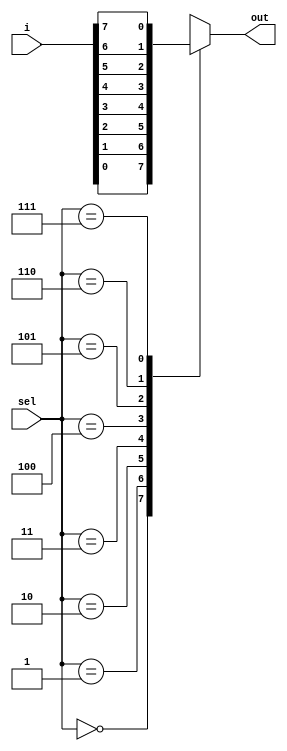
module mux8_1(
    input [7:0]i,
    input [2:0]sel,
    output reg out
    );
always@(*) 
 begin 
  case(sel)
        3'd0:out=i[0];
	3'd1:out=i[1];
	3'd2:out=i[2];
	3'd3:out=i[3];
	3'd4:out=i[4];
	3'd5:out=i[5];
	3'd6:out=i[6];
	3'd7:out=i[7];
  endcase
 end
endmodule